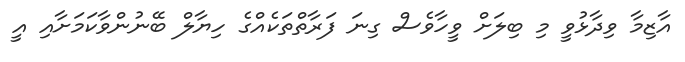
އާޒިމާ ވިދާޅުވީ މި ބިލަށް ވީހާވެސް ގިނަ ފަރާތްތަކެއްގެ ހިޔާލް ބޭނުންވާކަމަށާއި އީ